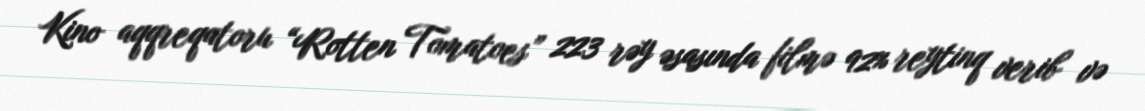
Kino aqqreqatoru “Rotten Tomatoes” 223 rəy əsasında filmə 92% reytinq verib və